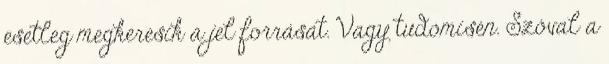
esetleg megkeresik a jel forrását. Vagy tudomisén. Szóval a